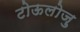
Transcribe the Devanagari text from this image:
टोऊलोज़ु